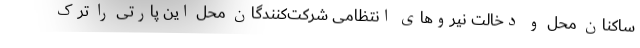
ساکنان محل و دخالت نیروهای انتظامی شرکت‌کنندگان محل این پارتی را ترک